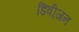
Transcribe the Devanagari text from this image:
डिवी़जन